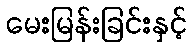
မေးမြန်းခြင်းနှင့်